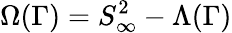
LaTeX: \Omega(\Gamma)=S_{\infty}^{2}-\Lambda(\Gamma)